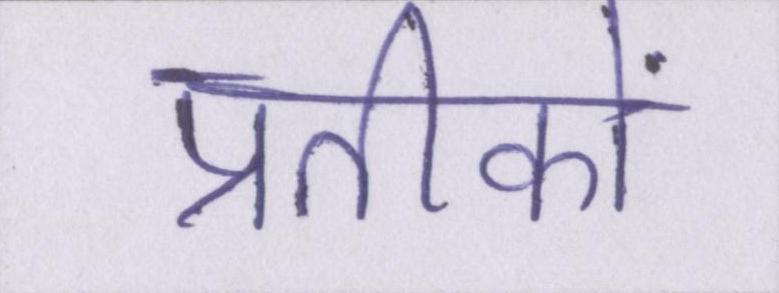
प्रतीकों